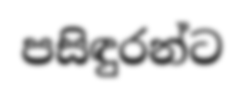
පසිඳුරන්ට